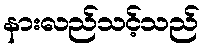
နားလည်သင့်သည်